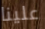
علينا